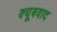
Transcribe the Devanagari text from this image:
क्यूबवाद